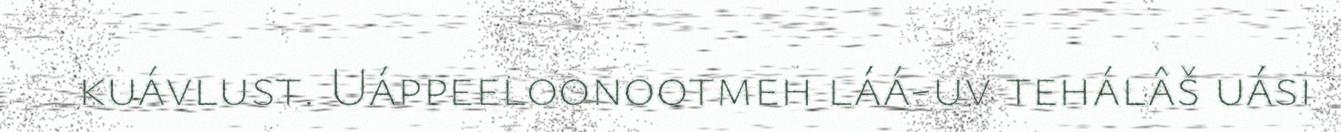
kuávlust. Uáppeeloonootmeh láá-uv tehálâš uási